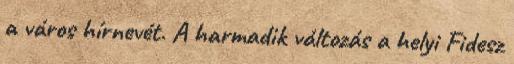
a város hírnevét. A harmadik változás a helyi Fidesz